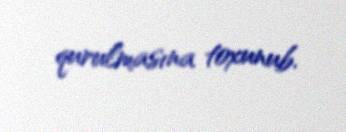
qurulmasına toxunub.